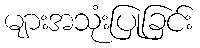
များအသုံးပြုခြင်း